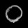
Digit: ၀